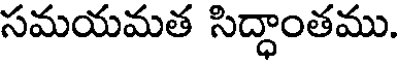
సమయమత సిద్ధాంతము.